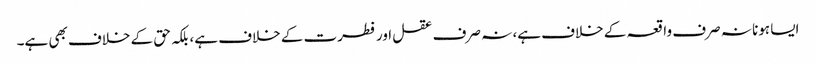
ایسا ہونا نہ صرف واقعہ کے خلاف ہے، نہ صرف عقل اور فطرت کے خلاف ہے، بلکہ حق کے خلاف بھی ہے۔